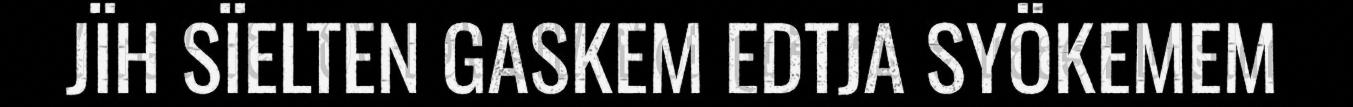
JÏH SÏELTEN GASKEM EDTJA SYÖKEMEM